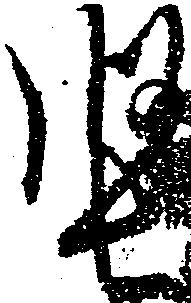
堅